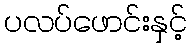
ပလပ်ဖောင်းနှင့်